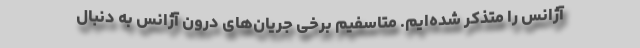
آژانس را متذکر شده‌ایم. متاسفیم برخی جریان‌های درون آژانس به دنبال